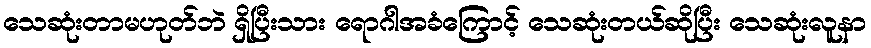
သေဆုံးတာမဟုတ်ဘဲ ရှိပြီးသား ရောဂါအခံကြောင့် သေဆုံးတယ်ဆိုပြီး သေဆုံးလူနာ